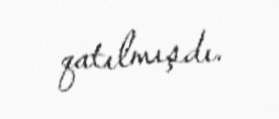
qatılmışdı.